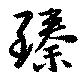
臻